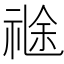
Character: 𥚤